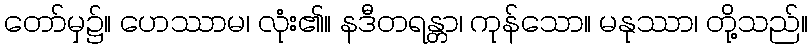
တော်မှ၌။ ဟေဿာမ၊ လုံး၏။ နဒီတရန္တာ၊ ကုန်သော။ မနုဿာ၊ တို့သည်။